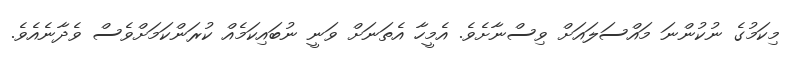
މިކަމުގެ ނުކުންނަ މައްސަލައަށް ވިސްނާށެވެ. އެމީހާ އެތަނަށް ވަނީ ނުބައިކަމެއް ކުރަންކަމަށްވެސް ވެދާނެއެވެ.